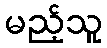
မည့်သူ